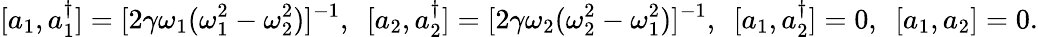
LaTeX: [a_{1},a_{1}^{\dagger}]=[2\gamma\omega_{1}(\omega_{1}^{2}-\omega_{2}^{2})]^{-1},~~[a_{2},a_{2}^{\dagger}]=[2\gamma\omega_{2}(\omega_{2}^{2}-\omega_{1}^{2})]^{-1},~~[a_{1},a_{2}^{\dagger}]=0,~~[a_{1},a_{2}]=0.